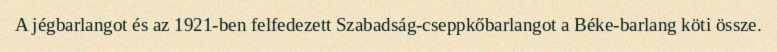
A jégbarlangot és az 1921-ben felfedezett Szabadság-cseppkőbarlangot a Béke-barlang köti össze.